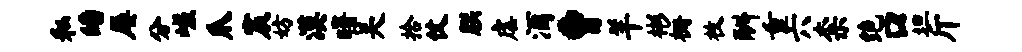
私皤屡分嵯爪宸妨漠曙吴拾仗朕虐酒曹羊彬栅枚酬重六柰绝口坦斤